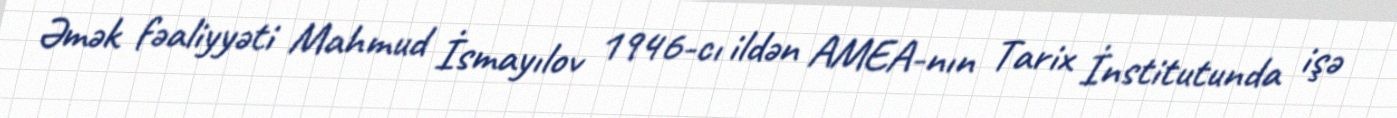
Əmək fəaliyyəti Mahmud İsmayılov 1946-cı ildən AMEA-nın Tarix İnstitutunda işə